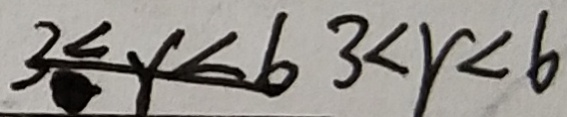
3 _ { \cdot } < y < 6 3 < r < 6